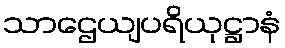
သာဌေယျပရိယုဋ္ဌာနံ